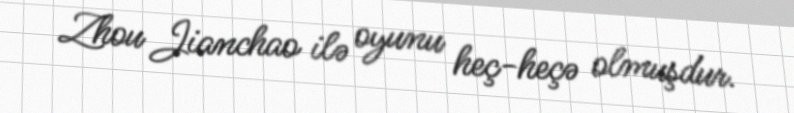
Zhou Jianchao ilə oyunu heç-heçə olmuşdur.